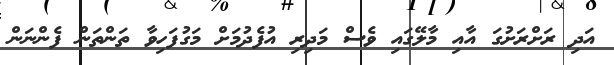
އަދި ރަށްރަށުގަ އާއި މާލޭގައި ވެސް މަދިރި އުފެދުމަށް މަގުފަހިވާ ތަންތަން ފެންނަން